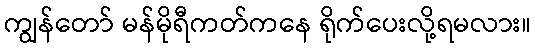
ကျွန်တော် မန်မိုရီကတ်ကနေ ရိုက်ပေးလို့ရမလား။